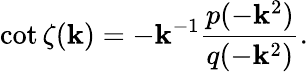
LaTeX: \cot\zeta(\mathbf{k})=-\mathbf{k}^{-1}\frac{{p(-\mathbf{k}^{2})}}{{q(-\mathbf{k}^{2})}}.